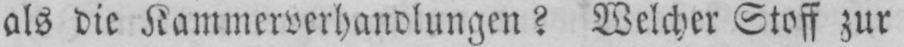
als die Kammerverhandlungen? Welcher Stoff zur